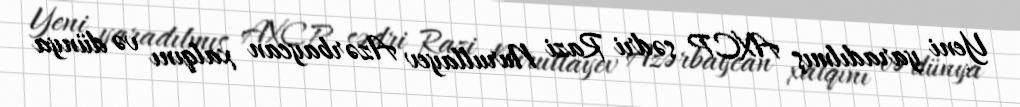
Yeni yaradılmış AXCP sədri Razi Nurullayev Azərbaycan xalqını və dünya